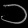
Digit: ၁